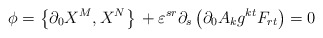
\begin{align*}\phi =\left\{ \partial _{0}X^{M},X^{N}\right\} \,+\varepsilon ^{sr}\partial_{s}\left( \partial _{0}A_{k}g^{kt}F_{rt}\right) =0 \end{align*}